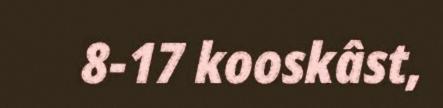
8-17 kooskâst,